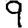
Digit: 9